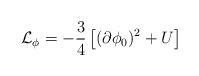
LaTeX: \begin{align*}{\cal L}_{\phi}= -\frac{3}{4}\left[ (\partial \phi_0)^2 + U \right]\end{align*}